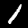
Label: 1